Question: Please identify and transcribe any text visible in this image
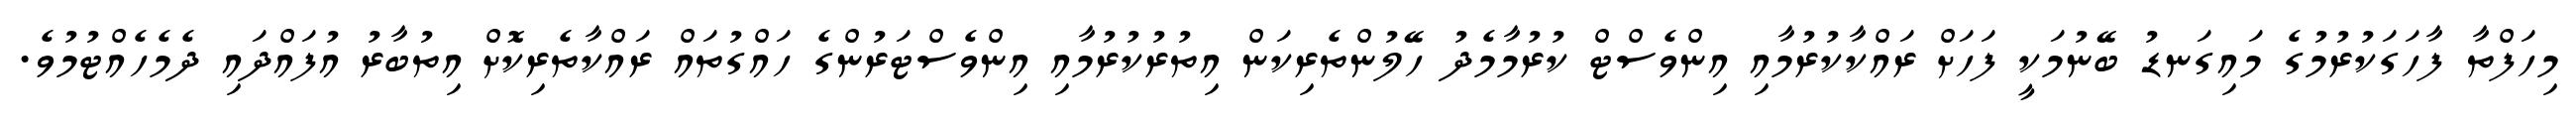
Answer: މިހަފްތާ ފާހަގަކުރުމުގެ މައިގަނޑު ބޭނުމަކީ ފަހަށް ރައްކާކުރުމާއި އިންވެސްޓް ކުރުމާމެދު ހޭލުންތެރިކަން އިތުރުކުރުމާއި އިންވެސްޓަރުންގެ ހައްގުތައް ރައްކާތެރިކޮށް އިތުބާރު އުފައްދައި ދެމެހެއްޓުމުވެ.